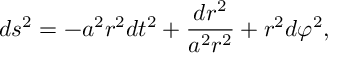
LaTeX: d s ^ { 2 } = - a ^ { 2 } r ^ { 2 } d t ^ { 2 } + \frac { d r ^ { 2 } } { a ^ { 2 } r ^ { 2 } } + r ^ { 2 } d \varphi ^ { 2 } ,